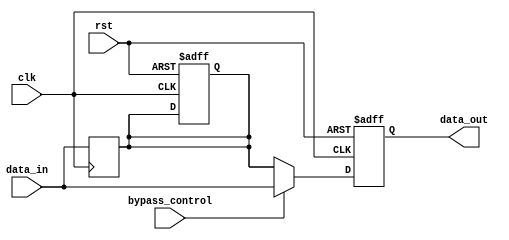
module FallbackBypassRegister (
    input wire clk,
    input wire rst,
    input wire bypass_control,
    input wire data_in,
    output reg data_out
);

reg sync_data;

always @(posedge clk or posedge rst) begin
    if (rst) begin
        data_out <= 0;
        sync_data <= 0;
    end else begin
        if (bypass_control) begin
            data_out <= data_in;
        end else begin
            data_out <= sync_data;
        end
    end
end

always @(posedge clk) begin
    sync_data <= data_in;
end

endmodule